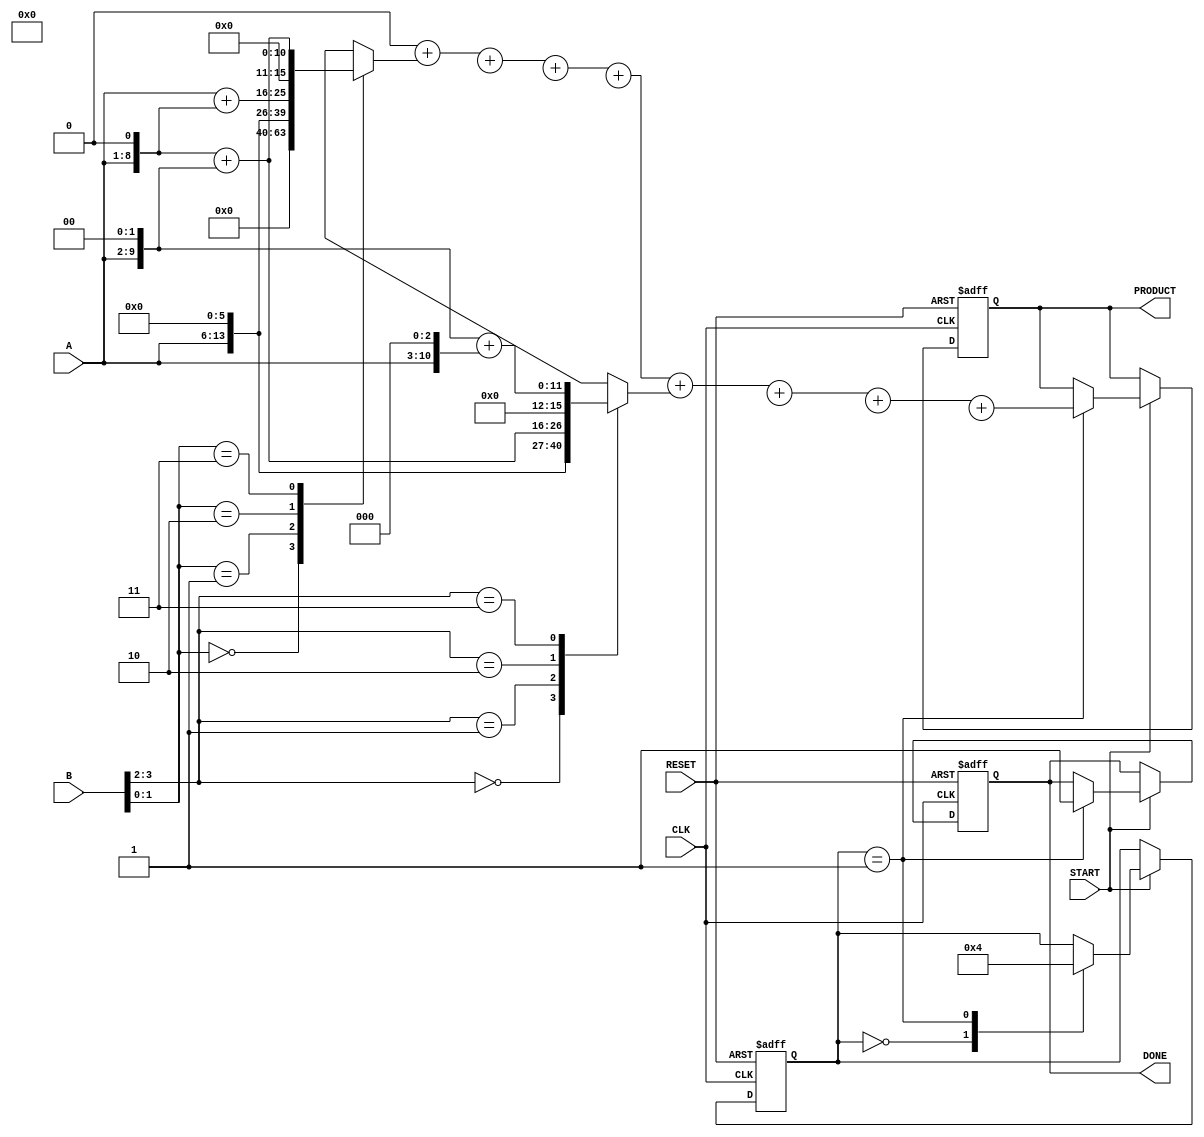
module radix4_wallace_tree_multiplier(
    input wire [n-1:0] A,          // First multiplicand
    input wire [n-1:0] B,          // Second multiplicand
    input wire CLK,                 // Clock signal
    input wire START,               // Signal to start multiplication
    input wire RESET,               // Signal to reset
    output reg [2*n-1:0] PRODUCT,   // Final product
    output reg DONE                 // Signal indicating completion
);
    parameter n = 8;                // Bit-width for A and B

    // Internal signals
    wire [2*n-1:0] pp [0:3*n-1];    // Partial products
    wire [n:0] sum [0:2*n-1];        // Sums for each stage
    wire [n:0] carry [0:2*n-1];      // Carries for each stage
    
    reg [1:0] state;                 // State variable for FSM
    reg [4:0] count;                 // Count of cycles
    integer i;

    // Generate Partial Products based on Radix-4 encoding
    always @(*) begin
        for (i = 0; i < n; i = i + 1) begin
            case (B[i*2 +: 2]) // Grab 2 bits from B for Radix-4
                2'b00: pp[i*4] = 0;
                2'b01: pp[i*4] = A << i;
                2'b10: pp[i*4] = (A << i) + (A << (i + 1)); // 2A
                2'b11: pp[i*4] = (A << (i + 1)) + (A << (i + 2)); // 3A
            endcase
        end
    end

    // Wallace Tree Reduction
    // Level 1: Grouping and adding
    generate
        genvar j;
        for (j = 0; j < 2*n; j = j + 1) begin : level1
            // add the partial products (simple example for 2 groups)
            assign {carry[j], sum[j]} = pp[j] + pp[j + 1] + pp[j + 2];
        end
    endgenerate

    // Final Summation Stage
    reg [2*n-1:0] final_sum;
    
    always @(posedge CLK or posedge RESET) begin
        if (RESET) begin
            PRODUCT <= 0;
            DONE <= 0;
            state <= 0;
            count <= 0;
        end else if (START) begin
            case (state)
                0: begin
                    // Initialize
                    count <= 0;
                    state <= 1;
                end
                1: begin
                    // Perform Wallace Reduction
                    // Combine results
                    // Simplified: Traverse through and add results
                    final_sum = 0; // Reset final sum
                    for (i = 0; i < n; i = i + 1) begin
                        final_sum = final_sum + pp[i];
                    end
                    PRODUCT <= final_sum;
                    DONE <= 1;
                    state <= 0; // Go back to idle state
                end
            endcase
        end
    end
endmodule